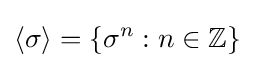
\langle \sigma \rangle =\left\{\sigma ^{n}:n\in \mathbb {Z} \right\}